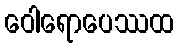
ဝေါရောပေဿထ